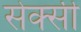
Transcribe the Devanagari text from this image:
सेक्‍सी